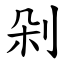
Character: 剁